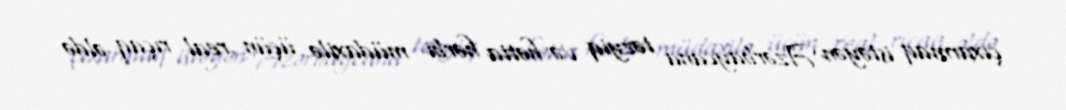
çıxarmaq istəyən Azərbaycana təzyiq və hətta hərbi müdaxilə üçün real rıçaq əldə